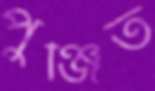
পুঞ্জিত